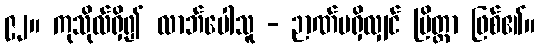
၉၂။ ကုသိုလ်ရှိ၍ လာဘ်ပေါသူ - ဉာဏ်မရှိလျှင် ပြိတ္တာ ဖြစ်၏။